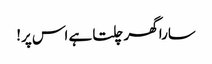
سارا گھر چلتا ہے اس پر!